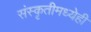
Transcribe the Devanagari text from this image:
संस्कृतीमध्येही